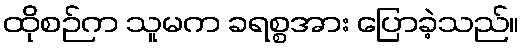
ထိုစဉ်က သူမက ခရစ္စအား ပြောခဲ့သည်။